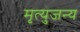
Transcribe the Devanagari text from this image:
मृत्युजन्य